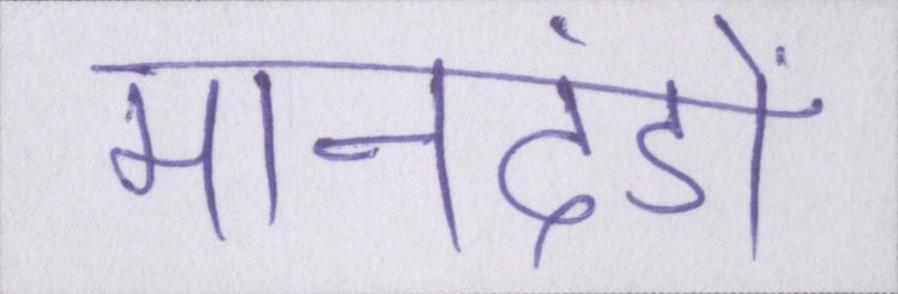
मानदंडों